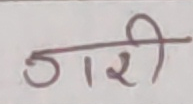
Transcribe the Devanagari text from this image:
ठारी